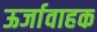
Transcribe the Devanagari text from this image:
ऊर्जावाहक